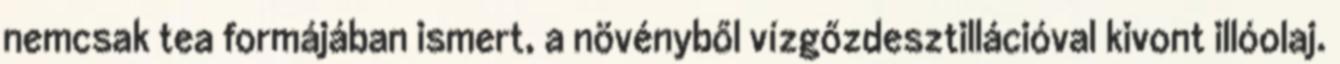
nemcsak tea formájában ismert, a növényből vízgőzdesztillációval kivont illóolaj.